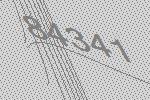
84341